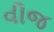
વીજ